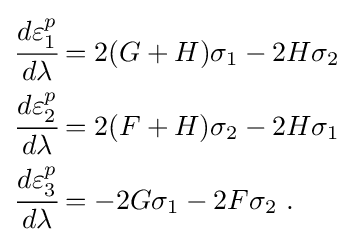
{\begin{aligned}{\cfrac {d\varepsilon _{1}^{p}}{d\lambda }}&=2(G+H)\sigma _{1}-2H\sigma _{2}\\{\cfrac {d\varepsilon _{2}^{p}}{d\lambda }}&=2(F+H)\sigma _{2}-2H\sigma _{1}\\{\cfrac {d\varepsilon _{3}^{p}}{d\lambda }}&=-2G\sigma _{1}-2F\sigma _{2}~.\end{aligned}}